Indian journal of veterinary science and animal husbandry - Volume 9,
Year: 1939
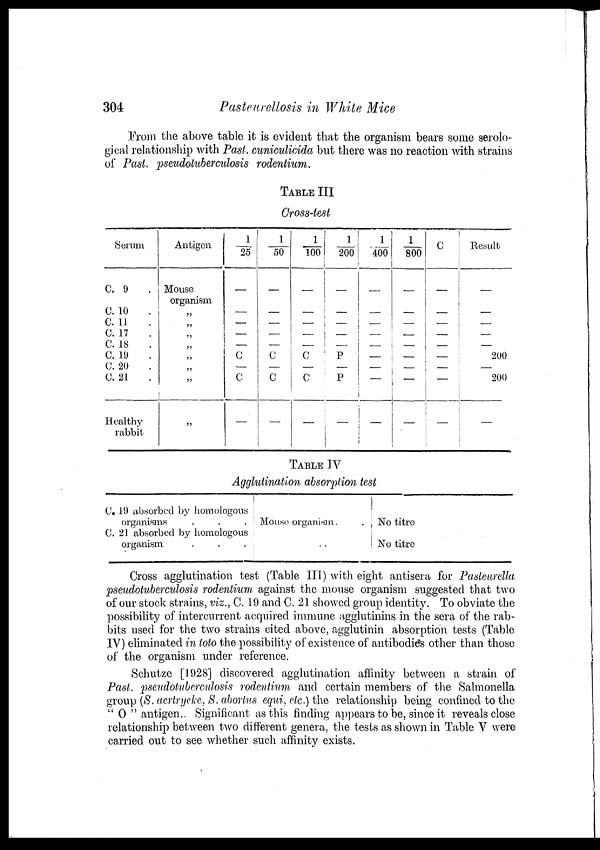
304
Pasteurellosis in White Mice
From the above table it is evident that the organism bears some serolo-
gical relationship with Past. cuniculicida but there was no reaction with strains
of Past, pseudotuberculosis rodentium.
TABLE III
Cross-test
Serum
C. 9 .
C. 10 .
C. 11 .
C. 17 .
C. 18 .
C. 19 .
C. 20 .
C. 21 .
Healthy
rabbit
Antigen
Mouse
organism
„
„
„
„
„
„
„
„
1/25
—
—
—
—
C —
C
—
1/50
—
—
—
—
C
—
C
—
1/100
—
—
—
—
C —
C
—
1/200
—
—
—
—
P
—
P
—
1/400
—
—
—
—
—
—
—
—
1/800
—
—
—
—
—
—
—
—
C
—
—
—
—
—
—
—
—
Result
—
—
—
—
200
—
200
—
TABLE IV
Agglutination absorption test
C. 19 absorbed by homologous
organisms . . .
C. 21 absorbed by homologous
organism . . .
Mouse organism. .
No titre
No titre
Cross agglutination test (Table III) with eight antisera for Pasteurella
pseudotuberculosis rodentium against the mouse organism suggested that two
of our stock strains, viz., C. 19 and C. 21 showed group identity. To obviate the
possibility of intercurrent acquired immune agglutinins in the sera of the rab-
bits used for the two strains cited above, agglutinin absorption tests (Table
IV) eliminated in toto the possibility of existence of antibodies other than those
of the organism under reference.
Schutze [1928] discovered agglutination affinity between a strain of
Past. pseudotuberculosis rodentium and certain members of the Salmonella
group (S. aertrycke, S. abortus equi, etc.) the relationship being confined to the
" O " antigen. Significant as this finding appears to be, since it reveals close
relationship between two different genera, the tests as shown in Table V were
carried out to see whether such affinity exists.